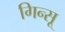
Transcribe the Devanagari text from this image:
गिन्सू